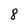
Character: 8